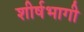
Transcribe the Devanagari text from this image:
शीर्षभागी